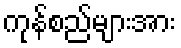
ကုန်စည်များအား